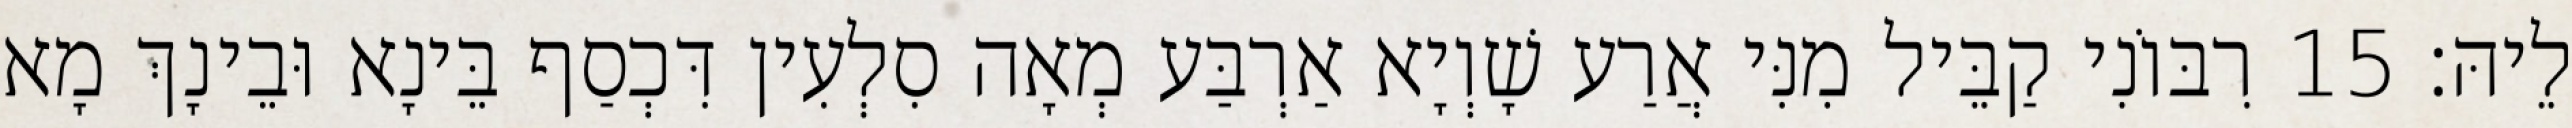
לֵיהּ׃ 15 רִבּוֹנִי קַבֵּיל מִנִּי אֲרַע שָׁוְיָא אַרְבַּע מְאָה סִלְעִין דִּכְסַף בֵּינָא וּבֵינָךְ מָא